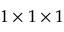
1 \times 1 \times 1